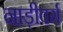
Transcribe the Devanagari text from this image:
नाड़ीवर्ग